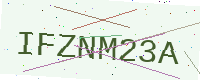
Text: IFZNM23A